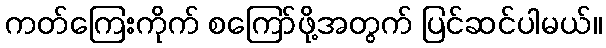
ကတ်ကြေးကိုက် စကြော်ဖို့အတွက် ပြင်ဆင်ပါမယ်။